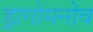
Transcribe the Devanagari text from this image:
ड्रागोमनोव